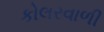
કોલરવાળી